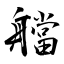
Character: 艡